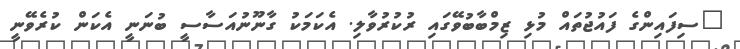
"ސިފައިންގެ ފައުޖުތައް މުޅި ޒިމްބާބުވޭގައި ރުކުރުވާލި. އެކަމަކު ގާނޫނުއަސާސީ ބުނަނީ އެކަން ކުރެވޭނީ